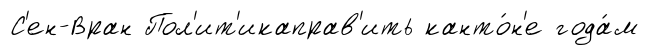
С'ен-Вран Пол'ит'икаправ'ить канто́н'е года́м